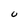
Character: U